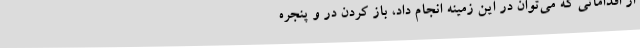
از اقداماتی که می‌توان در این زمینه انجام داد، باز کردن در و پنجره